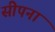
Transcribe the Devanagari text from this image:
सीपना